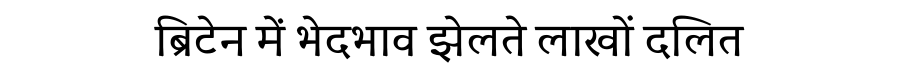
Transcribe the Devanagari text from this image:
ब्रिटेन में भेदभाव झेलते लाखों दलित